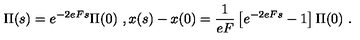
\Pi ( s ) = e ^ { - 2 e F s } \Pi ( 0 ) \ , x ( s ) - x ( 0 ) = \frac { 1 } { e F } \left[ e ^ { - 2 e F s } - 1 \right] \Pi ( 0 ) \ .